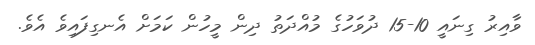
ވާއިރު ގިނައީ 10-15 ދުވަހުގެ މުއްދަތު ދިން މީހުން ކަމަށް އެނގިފައިވެ އެވެ.